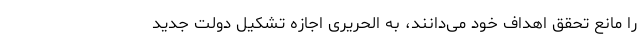
را مانع تحقق اهداف خود می‌دانند، به الحریری اجازه تشکیل دولت جدید